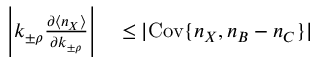
\begin{array} { r l } { \left| k _ { \pm \rho } \frac { \partial \langle n _ { X } \rangle } { \partial k _ { \pm \rho } } \right| } & { { } \leq | \mathrm { C o v } \{ n _ { X } , n _ { B } - n _ { C } \} | } \end{array}